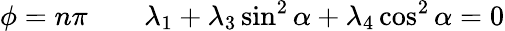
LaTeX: \phi=n\pi\qquad\lambda_{1}+\lambda_{3}\sin^{2}\alpha+\lambda_{4}\cos^{2}\alpha=0